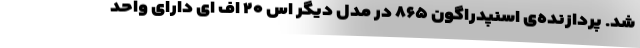
شد. پردازنده‌ی اسنپدراگون ۸۶۵ در مدل دیگر اس ۲۰ اف ای دارای واحد